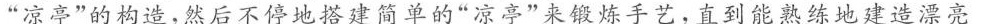
”凉亭”的构造，然后不停地搭建简单的”凉亭”来锻炼手艺，直到能熟练地建造漂亮